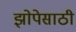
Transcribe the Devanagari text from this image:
झोपेसाठी